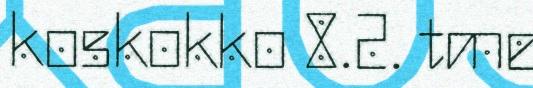
koskokko 8.2. tme